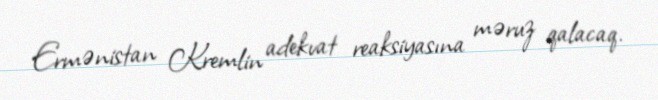
Ermənistan Kremlin adekvat reaksiyasına məruz qalacaq.